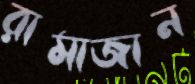
রামাজান